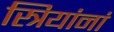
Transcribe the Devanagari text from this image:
स्त्रियांनां